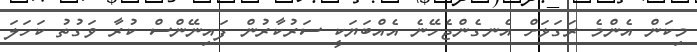
މިކަން އެންމެ ރަގަޅަށް އެނގެންޖެހޭނެ އެއްބަޔަކީ ސަރުކާރުން ފައިނޭންސް ކުރާ ވަގުތު ކަހަލަ